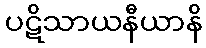
ပဋိသာယနီယာနိ